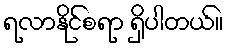
ရလာနိုင်စရာ ရှိပါတယ်။